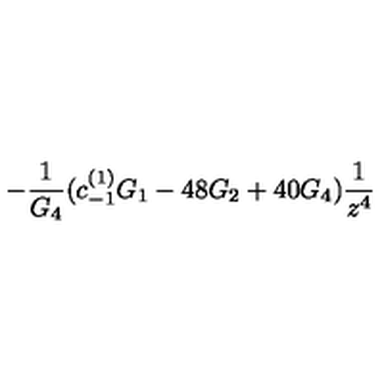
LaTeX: - \frac { 1 } { G _ { 4 } } ( c _ { - 1 } ^ { ( 1 ) } G _ { 1 } - 4 8 G _ { 2 } + 4 0 G _ { 4 } ) \frac { 1 } { z ^ { 4 } }